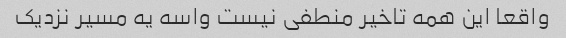
واقعا این همه تاخیر منطفی نیست واسه یه مسیر نزدیک